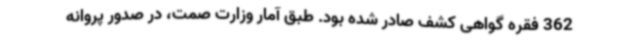
362 فقره گواهی کشف صادر شده بود. طبق آمار وزارت صمت، در صدور پروانه